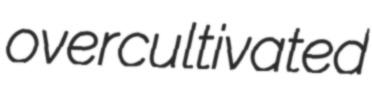
overcultivated